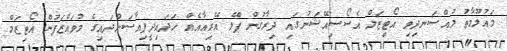
މައުލޫމާތު މުއްސަނދިވި އޯޓިޒަމް އެސޯސިއޭޝަނުގައި ދިރާގުން ޕްލޭ އޭރިއާއެއް ހަދައިދީފިއާސަންދައިގެ މުވައްޒަފުން އޯޓިޒަމް